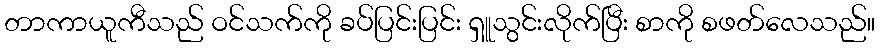
တာကာယူကီသည် ဝင်သက်ကို ခပ်ပြင်းပြင်း ရှူသွင်းလိုက်ပြီး စာကို စဖတ်လေသည်။